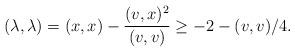
LaTeX: \begin{align*}(\lambda,\lambda)=(x,x)-\frac{(v,x)^2}{(v,v)}\geq -2-(v,v)/4.\end{align*}